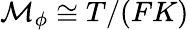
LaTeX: \mathcal{M}_{\phi}\cong T/(FK)